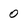
Character: 0